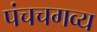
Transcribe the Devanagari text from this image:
पंचचगव्य